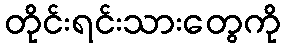
တိုင်းရင်းသားတွေကို